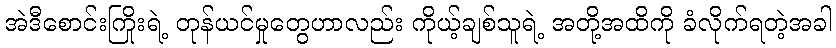
အဲဒီစောင်းကြိုးရဲ့ တုန်ယင်မှုတွေဟာလည်း ကိုယ့်ချစ်သူရဲ့ အတို့အထိကို ခံလိုက်ရတဲ့အခါ